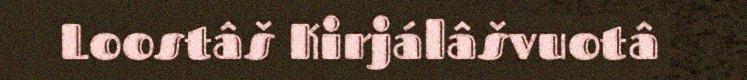
Loostâš Kirjálâšvuotâ